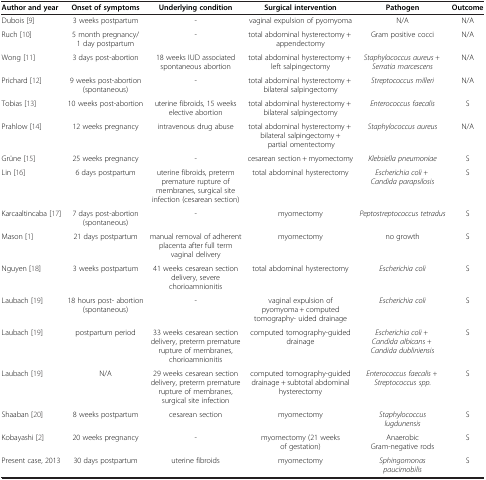
| Author and year | Onset of symptoms | Underlying condition | Surgical intervention | Pathogen | Outcome |
 | --- | --- | --- | --- | --- | --- |
 | Dubois [9] | 3 weeks postpartum | - | vaginal expulsion of pyomyoma | N/A | N/A |
 | Ruch [10] | 5 month pregnancy/1 day postpartum | - | total abdominal hysterectomy + appendectomy | Gram positive cocci | N/A |
 | Wong [11] | 3 days post-abortion | 18 weeks IUD associated spontaneous abortion | total abdominal hysterectomy + left salpingectomy | Staphylococcus aureus + Serratia marcescens | N/A |
 | Prichard [12] | 9 weeks post-abortion (spontaneous) | - | total abdominal hysterectomy + bilateral salpingectomy | Streptococcus milleri | N/A |
 | Tobias [13] | 10 weeks post-abortion | uterine fibroids, 15 weeks elective abortion | total abdominal hysterectomy + bilateral salpingectomy | Enterococcus faecalis | S |
 | Prahlow [14] | 12 weeks pregnancy | intravenous drug abuse | total abdominal hysterectomy + bilateral salpingectomy + partial omentectomy | Staphylococcus aureus | N/A |
 | Grüne [15] | 25 weeks pregnancy | - | cesarean section + myomectomy | Klebsiella pneumoniae | S |
 | Lin [16] | 6 days postpartum | uterine fibroids, preterm premature rupture of membranes, surgical site infection (cesarean section) | total abdominal hysterectomy | Escherichia coli + Candida parapsilosis | S |
 | Karcaaltincaba [17] | 7 days post-abortion (spontaneous) | - | myomectomy | Peptostreptococcus tetradus | S |
 | Mason [1] | 21 days postpartum | manual removal of adherent placenta after full term vaginal delivery | myomectomy | no growth | S |
 | Nguyen [18] | 3 weeks postpartum | 41 weeks cesarean section delivery, severe chorioamnionitis | total abdominal hysterectomy | Escherichia coli | S |
 | Laubach [19] | 18 hours post- abortion (spontaneous) | - | vaginal expulsion of pyomyoma + computed tomography- uided drainage | Escherichia coli | S |
 | Laubach [19] | postpartum period | 33 weeks cesarean section delivery, preterm premature rupture of membranes, chorioamnionitis | computed tomography-guided drainage | Escherichia coli + Candida albicans + Candida dubliniensis | S |
 | Laubach [19] | N/A | 29 weeks cesarean section delivery, preterm premature rupture of membranes, surgical site infection | computed tomography-guided drainage + subtotal abdominal hysterectomy | Enterococcus faecalis + Streptococcus spp. | S |
 | Shaaban [20] | 8 weeks postpartum | cesarean section | myomectomy | Staphylococcus lugdunensis | S |
 | Kobayashi [2] | 20 weeks pregnancy | - | myomectomy (21 weeks of gestation) | Anaerobic Gram-negative rods | S |
 | Present case, 2013 | 30 days postpartum | uterine fibroids | myomectomy | Sphingomonas paucimobilis | S |